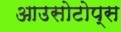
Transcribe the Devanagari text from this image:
आउसोटोप्स